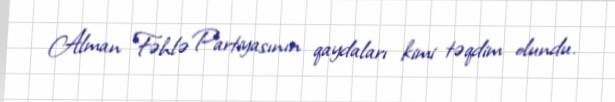
Alman Fəhlə Partiyasının qaydaları kimi təqdim olundu.